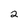
Character: 2